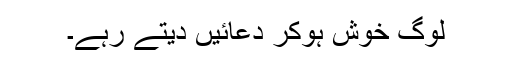
لوگ خوش ہوکر دعائیں دیتے رہے۔